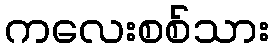
ကလေးစစ်သား